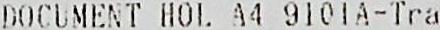
DOCUMENT HOL A4 9101A-TRA